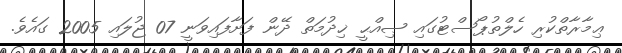
ޢިމާރާތްކުރި ހެލްތުޕޯސްޓުގައި ޞިއްޙީ ޚިދުމަތް ދޭން ފަށާފައިވަނީ 07 ޖުލައި 2005 ގައެވެ.